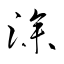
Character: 滲